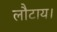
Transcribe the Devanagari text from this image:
लौटाय।